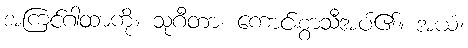
အကြင်ဂါထာကို။ သုဂီတာ၊ ကောင်းစွာသီအပ်၏။ အယံ၊